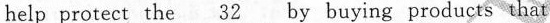
help protect the \underline{32} by buying products that